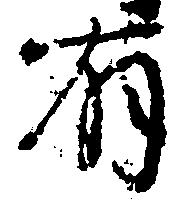
有